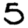
Digit: 5